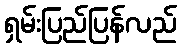
ရှမ်းပြည်ပြန်လည်